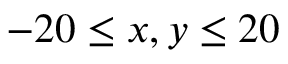
- 2 0 \leq x , y \leq 2 0